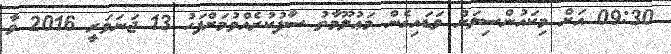
09:30 އަށް މިކައުންސިލަށް ވަޑައިގެން މަޢުލޫމާތު ސާފުކުރެއްވުމަށްފަހު 13 ޖަނަވަރީ 2016 ވާ